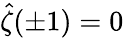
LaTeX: \widehat{\zeta}(\pm 1)=0